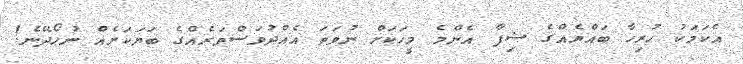
އެކަމަކު ހުރިހާ ބައްޔެއްގެ ޝިފާ އެންމެ މީހަކަށް ނުވަތަ އެއްދުވަސްވަރެއްގެ ބަޔަކަށެއް ނުހޯދޭނެ!